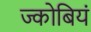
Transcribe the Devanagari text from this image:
ज्कोबियं